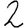
Digit: 2